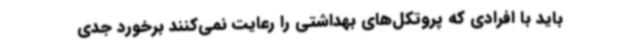
باید با افرادی که پروتکل‌های بهداشتی را رعایت نمی‌کنند برخورد جدی